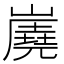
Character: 𡽧